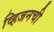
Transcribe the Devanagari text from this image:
व्हिजनची